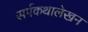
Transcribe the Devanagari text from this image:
सर्पकथालेखन